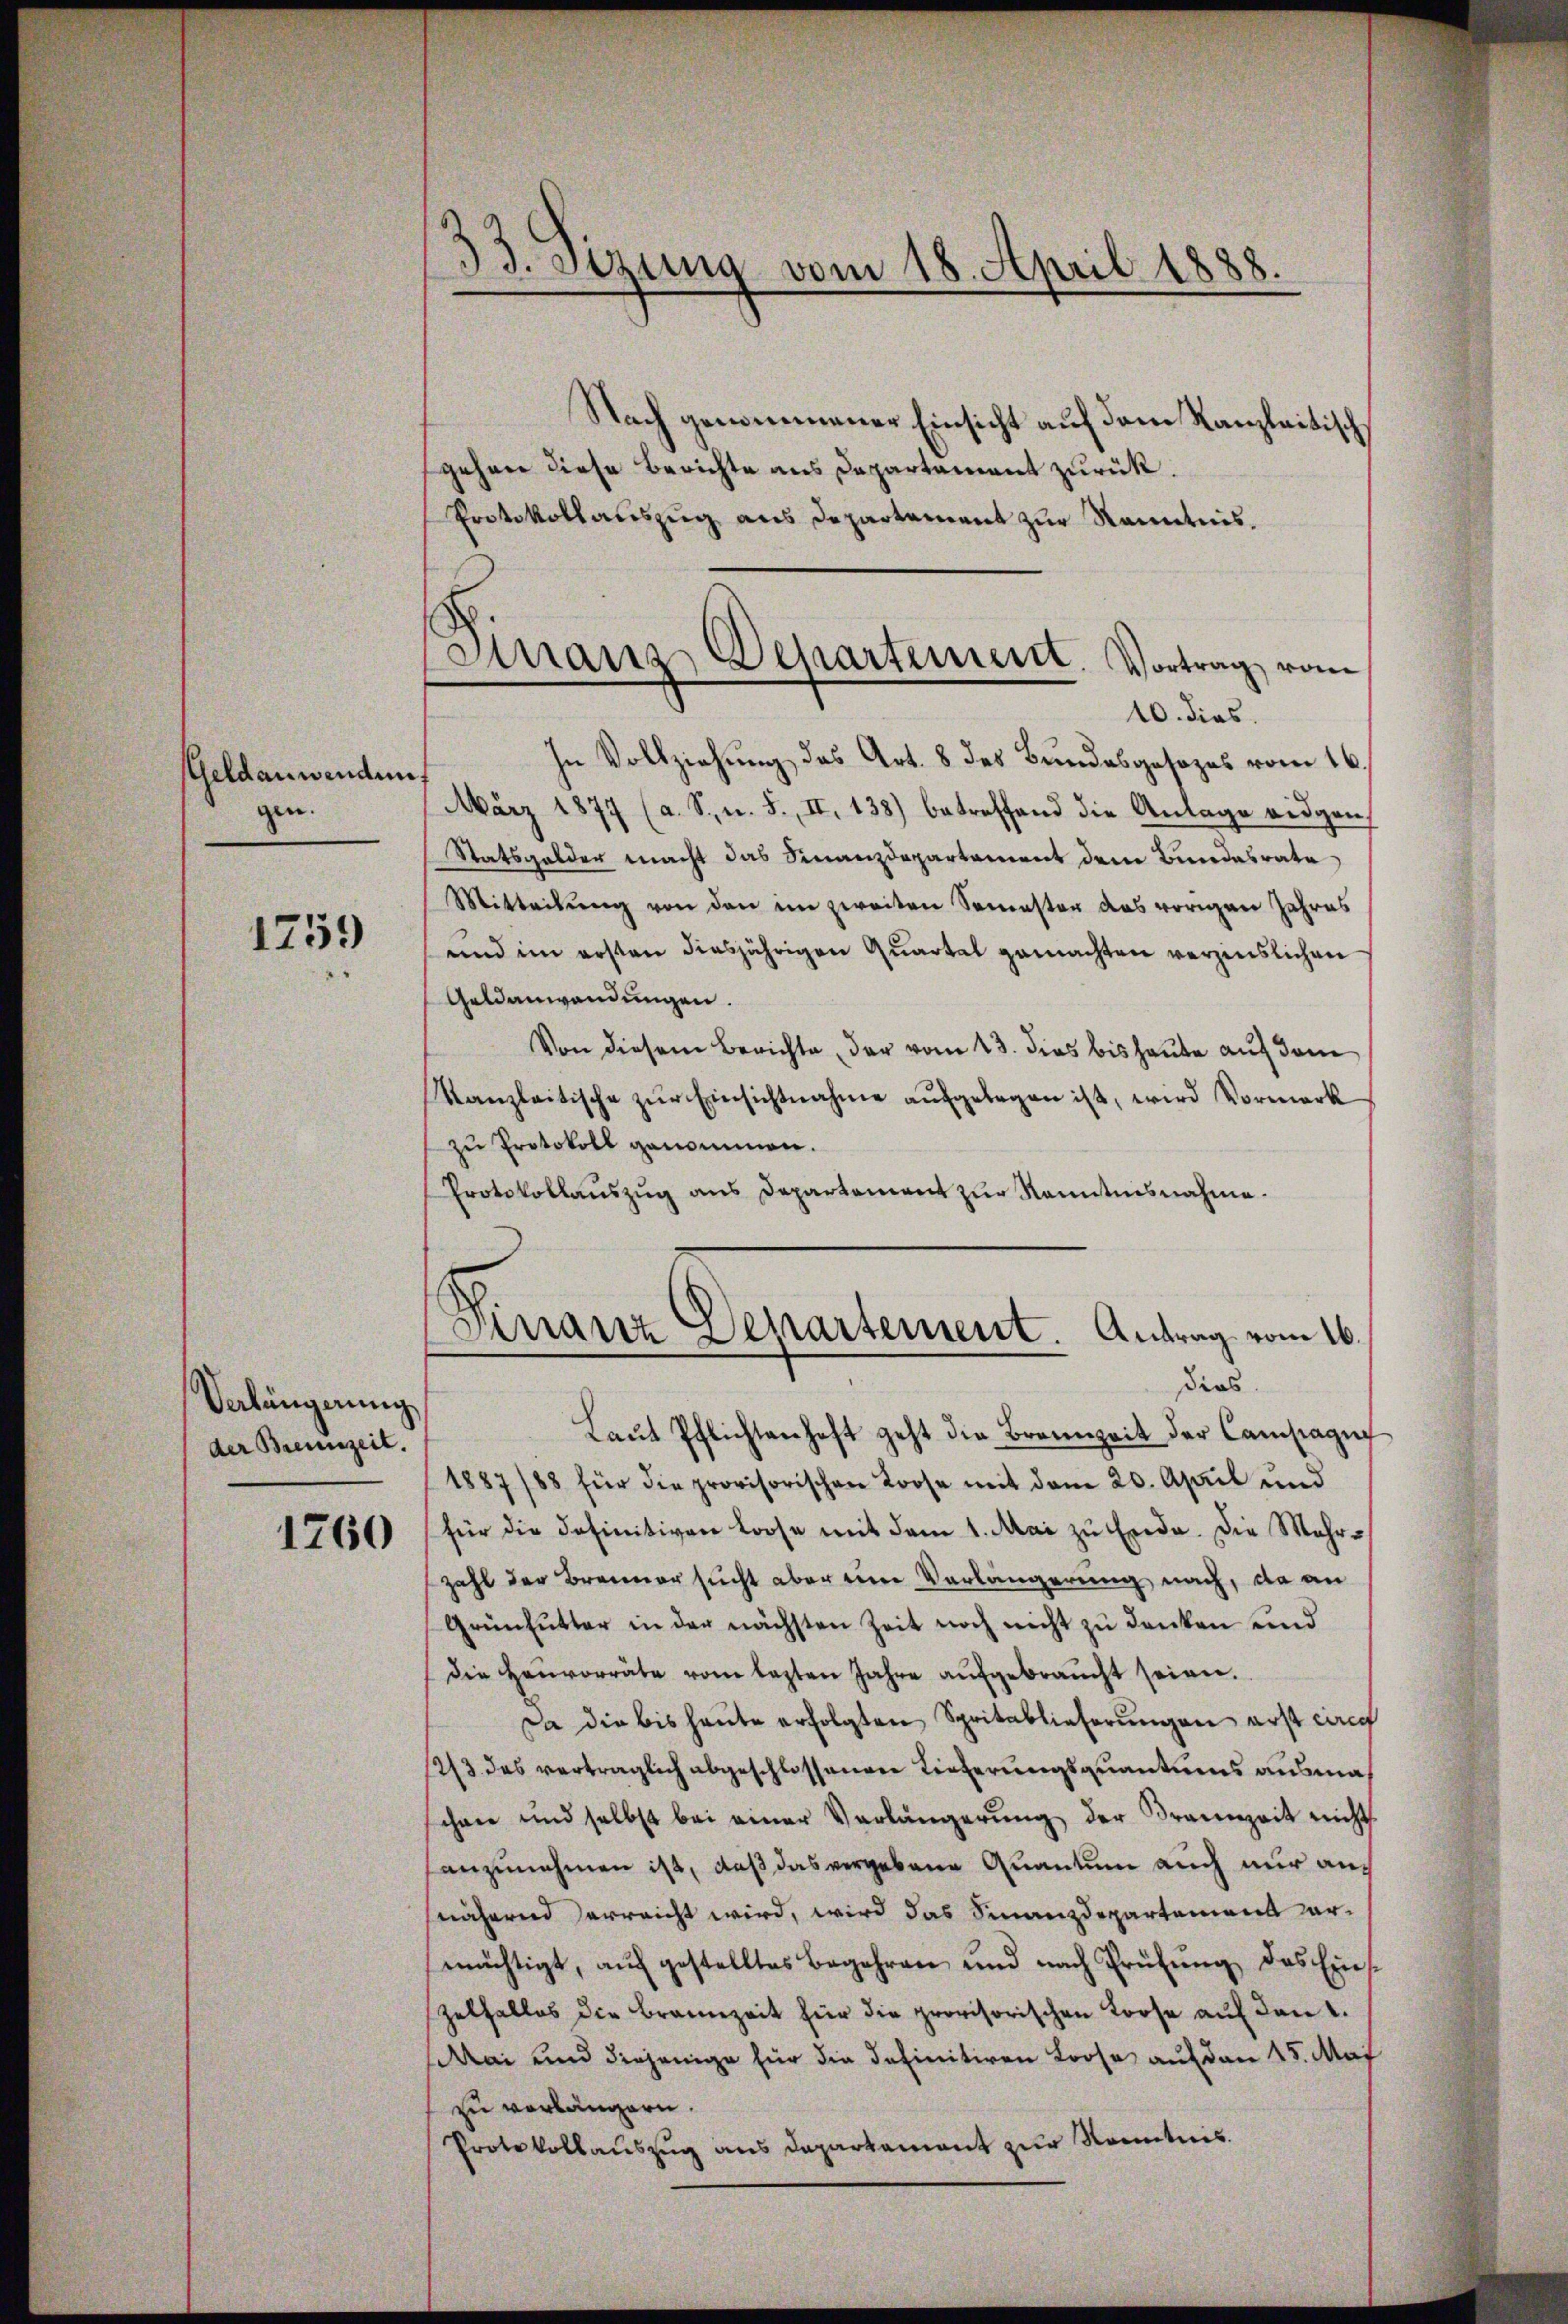
GGeldanwenden
gen.

1759

Verlängerung
der Brennzeit.

1760

33. Sezung vom 18. April 1888.

Finanz-Departement. Vortrag vom

Nach genommener Einsicht auf dem Kanzleitisch
gehen diese Berichte aus Departament zurück.
Protokollauszug aus Departement zur Kenntnis.
10. dies
In Vollziehung des Art. 8 des Bundesgesezes vom 16.
März 1877 (a. S., n. F. II, 138) betreffend die Anlage eidgen
Statsgelder macht das Finanzdepartement dem Bundesrate
Mitteilŭng von den im zweiten Semester das vorigen Jahres
und im ersten diesjährigen Quartel gemachten verzinslichen
Gelanwendungen.
Von diesem Berichte, der vom 13. dies bis heute auf dem
Kanzleitische zŭr Einsichtnahme aŭfgelegen ist, wird Vormark
zŭ Protokoll genommen.
Protokollauszug aus Departement zur Kenntnisnahme.
Virranz Separtement. Antrag vom 16.
dies
Laŭt Pflichtenhaft geht die Brennzeit der Campagni
1887/88 für die provisorischen Loose mit dem 20. April und
für die Definitiven Loose mit dem 1. Mai zu Ende. Die Mehrzahl der Brenner sucht aber eine Verlängerung nach, da an
Grünfutter in der nächsten Zeit noch nicht zu denken und
die Haŭvorräte vom lezten Jahre aŭfgebraucht seien.
Da die bis heute erfolgten Spritablieferungen erst auf
2/3 des vertraglich abgeschlossenen Lieferungsquantums ausmachnee und selbst bei einer Verlängerŭng der Brannzeit nicht
anzunehmen ist, daß das vergebene Quantum auch nur aus
nähernd erreicht wird, wird das Finanzdepartement darmächtigt, auf gestelltes Begehren und nach Prüfung des Eins
zelfalles die Braunzeit für die provisorischen Loose auf den 1.
rai und diejenige für die definitiven Loose auf den 15. Mai
zu verlängern.
Protokollauszug aus Departement zur Kenntnis